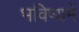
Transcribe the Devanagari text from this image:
भविष्‍यमें